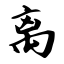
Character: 离